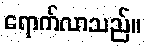
ရောက်လာသည်။